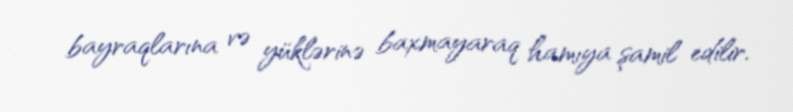
bayraqlarına və yüklərinə baxmayaraq hamıya şamil edilir.